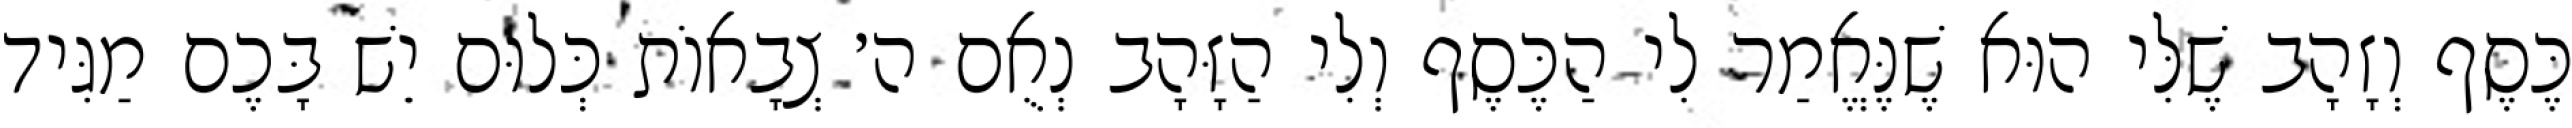
כֶּסֶף וְזָהָב שֶׁלִּי הוּא שֶׁנֶּאֱמַר לִי הַכֶּסֶף וְלִי הַזָּהָב נְאֻם ה׳ צְבָאוֹת כְּלוּם יֵשׁ בָּכֶם מַגִּיד